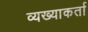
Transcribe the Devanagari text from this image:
व्यख्याकर्ता